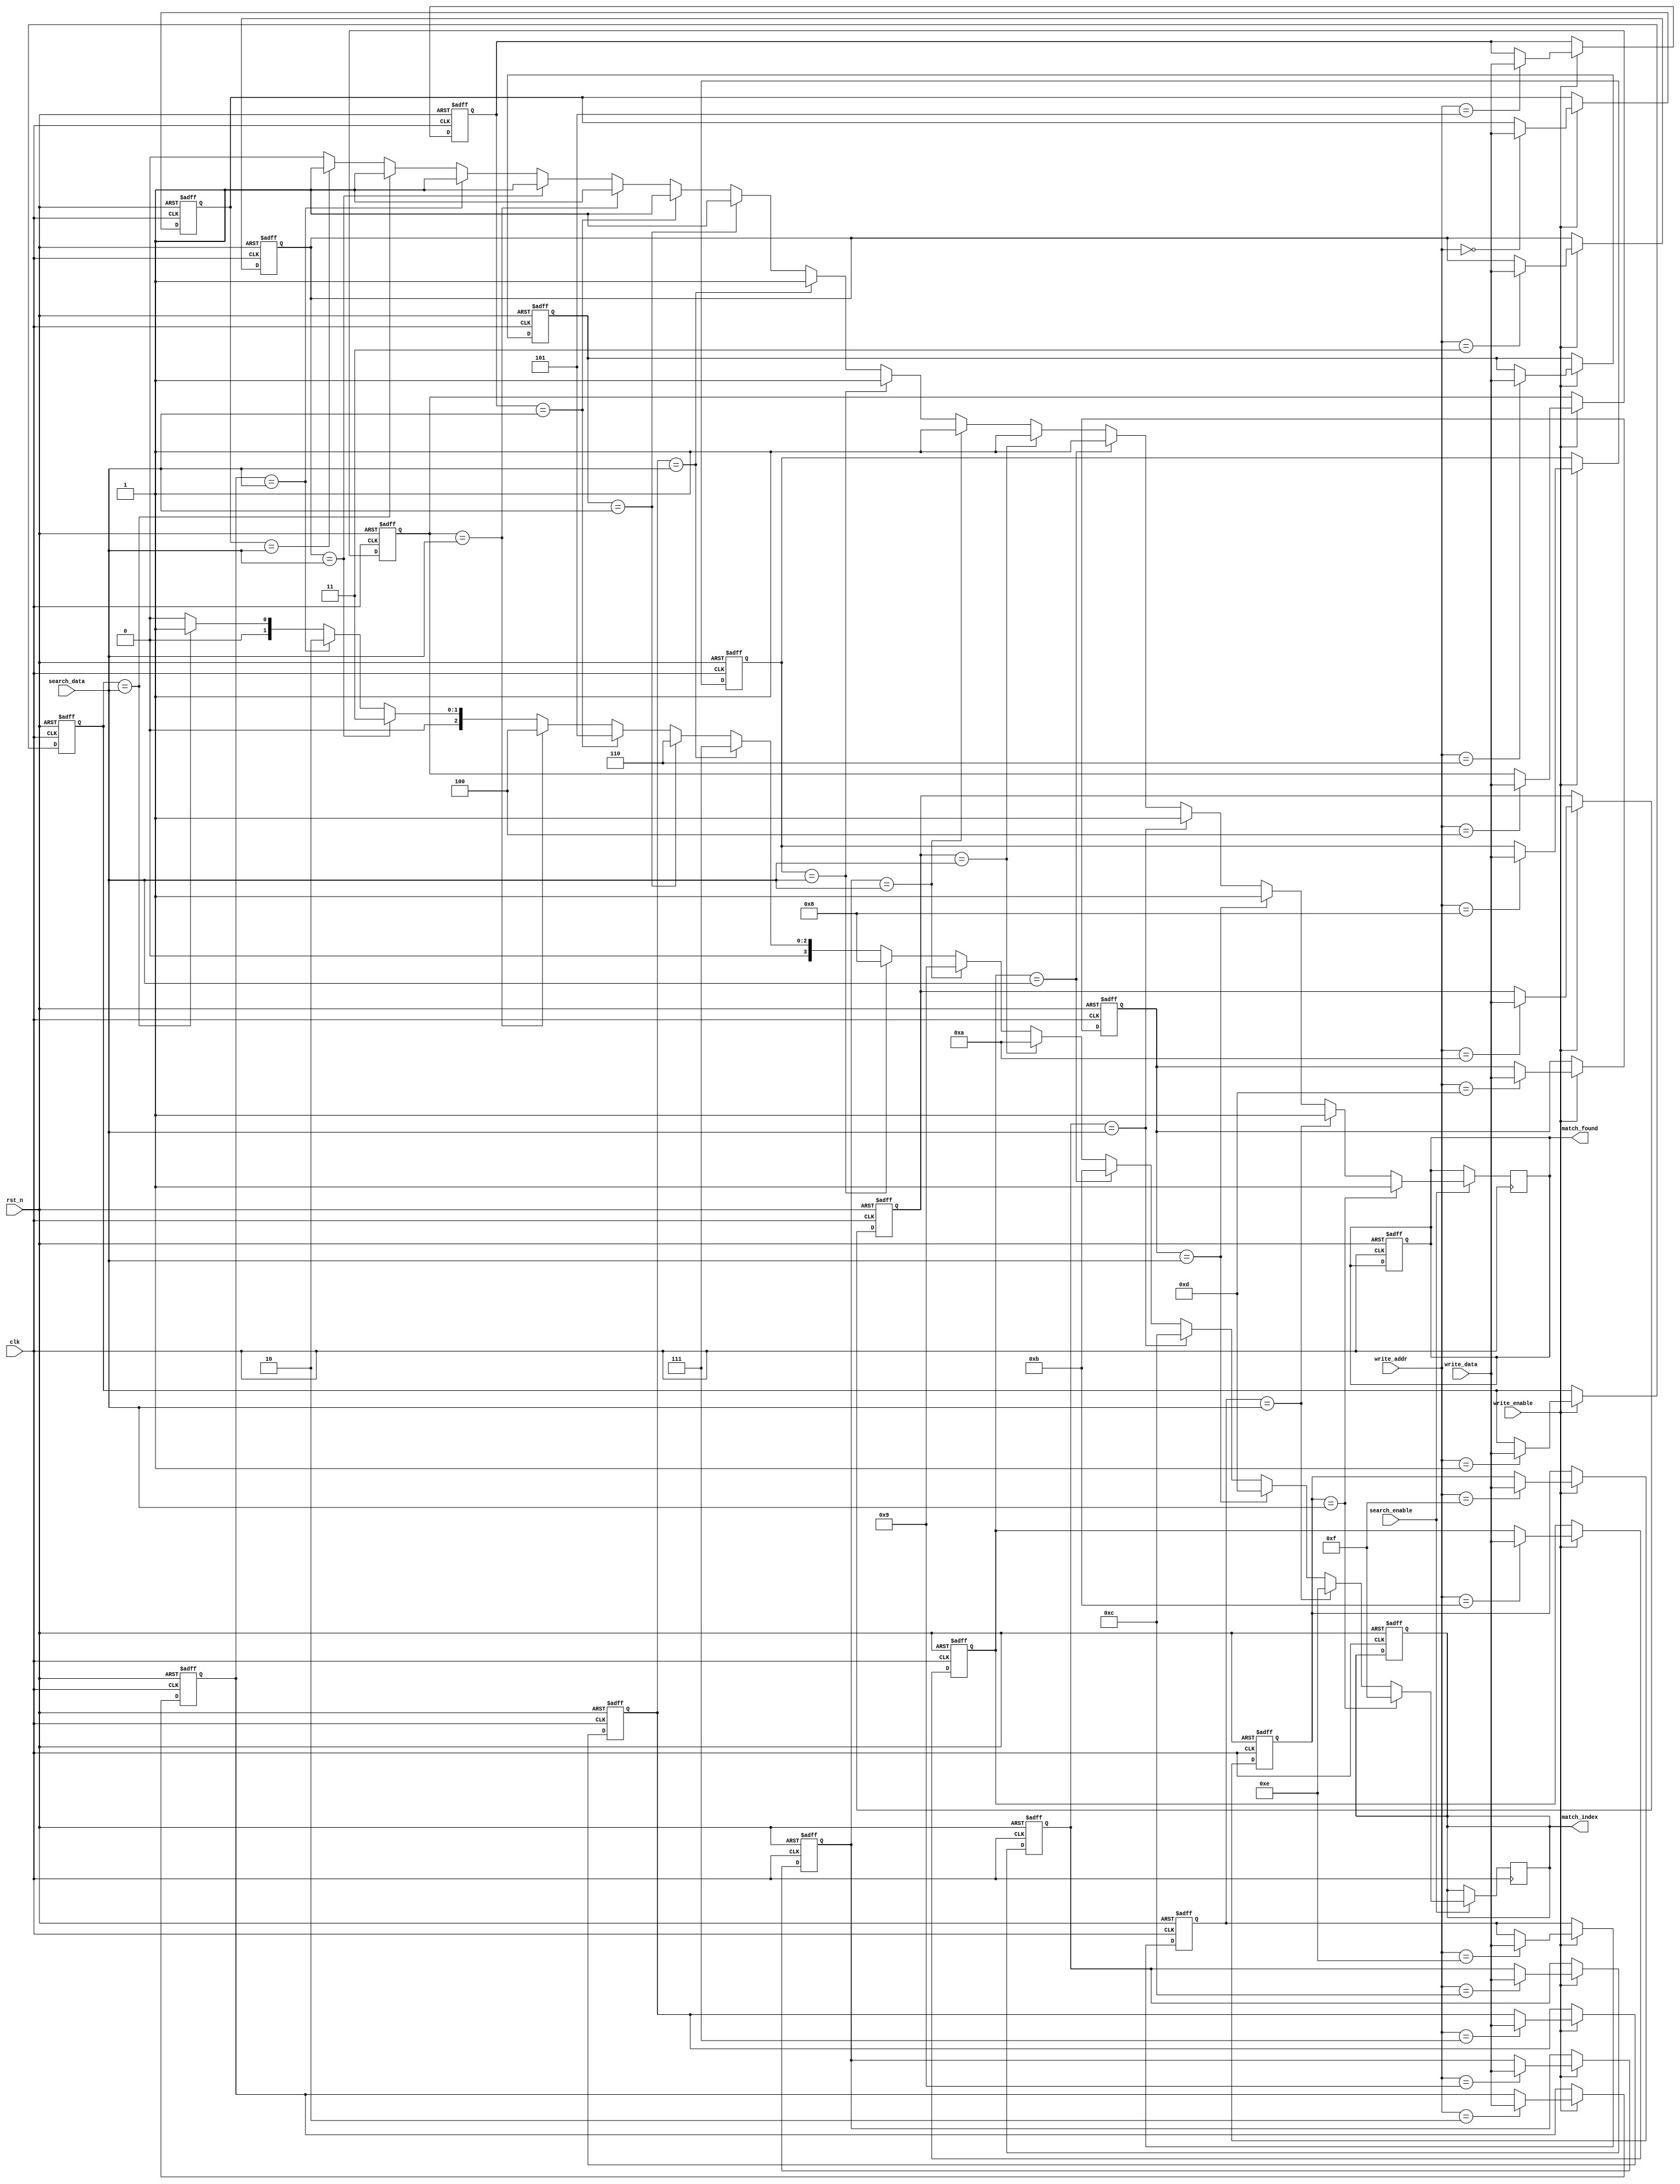
module column_based_cam #(
    parameter DATA_WIDTH = 32,  // Width of each data word
    parameter NUM_ENTRIES = 16   // Number of entries in the CAM
)(
    input wire clk,               // Clock signal
    input wire rst_n,             // Active low reset
    input wire [DATA_WIDTH-1:0] search_data, // Data to search for
    input wire search_enable,      // Enable signal for search operation
    input wire [DATA_WIDTH-1:0] write_data, // Data to write
    input wire [3:0] write_addr,   // Address to write data
    input wire write_enable,        // Enable signal for write operation
    output reg [3:0] match_index,   // Index of the matching entry
    output reg match_found          // Match found signal
);

    // Memory array to store data words
    reg [DATA_WIDTH-1:0] cam_memory [0:NUM_ENTRIES-1];

    // Match logic
    wire [NUM_ENTRIES-1:0] match_signals;

    // Priority encoder
    integer i;

    // Write operation
    always @(posedge clk or negedge rst_n) begin
        if (!rst_n) begin
            // Reset CAM memory
            for (i = 0; i < NUM_ENTRIES; i = i + 1) begin
                cam_memory[i] <= {DATA_WIDTH{1'b0}};
            end
            match_index <= 4'b0;
            match_found <= 1'b0;
        end else if (write_enable) begin
            // Write data to specified address
            cam_memory[write_addr] <= write_data;
        end
    end

    // Search operation
    always @(posedge clk) begin
        if (search_enable) begin
            match_found <= 1'b0;
            match_index <= 4'b0;
            for (i = 0; i < NUM_ENTRIES; i = i + 1) begin
                // Compare search data with CAM entries
                match_signals[i] = (cam_memory[i] == search_data);
                if (match_signals[i]) begin
                    match_found <= 1'b1;
                    match_index <= i[3:0]; // Store the index of the first match
                end
            end
        end
    end

endmodule